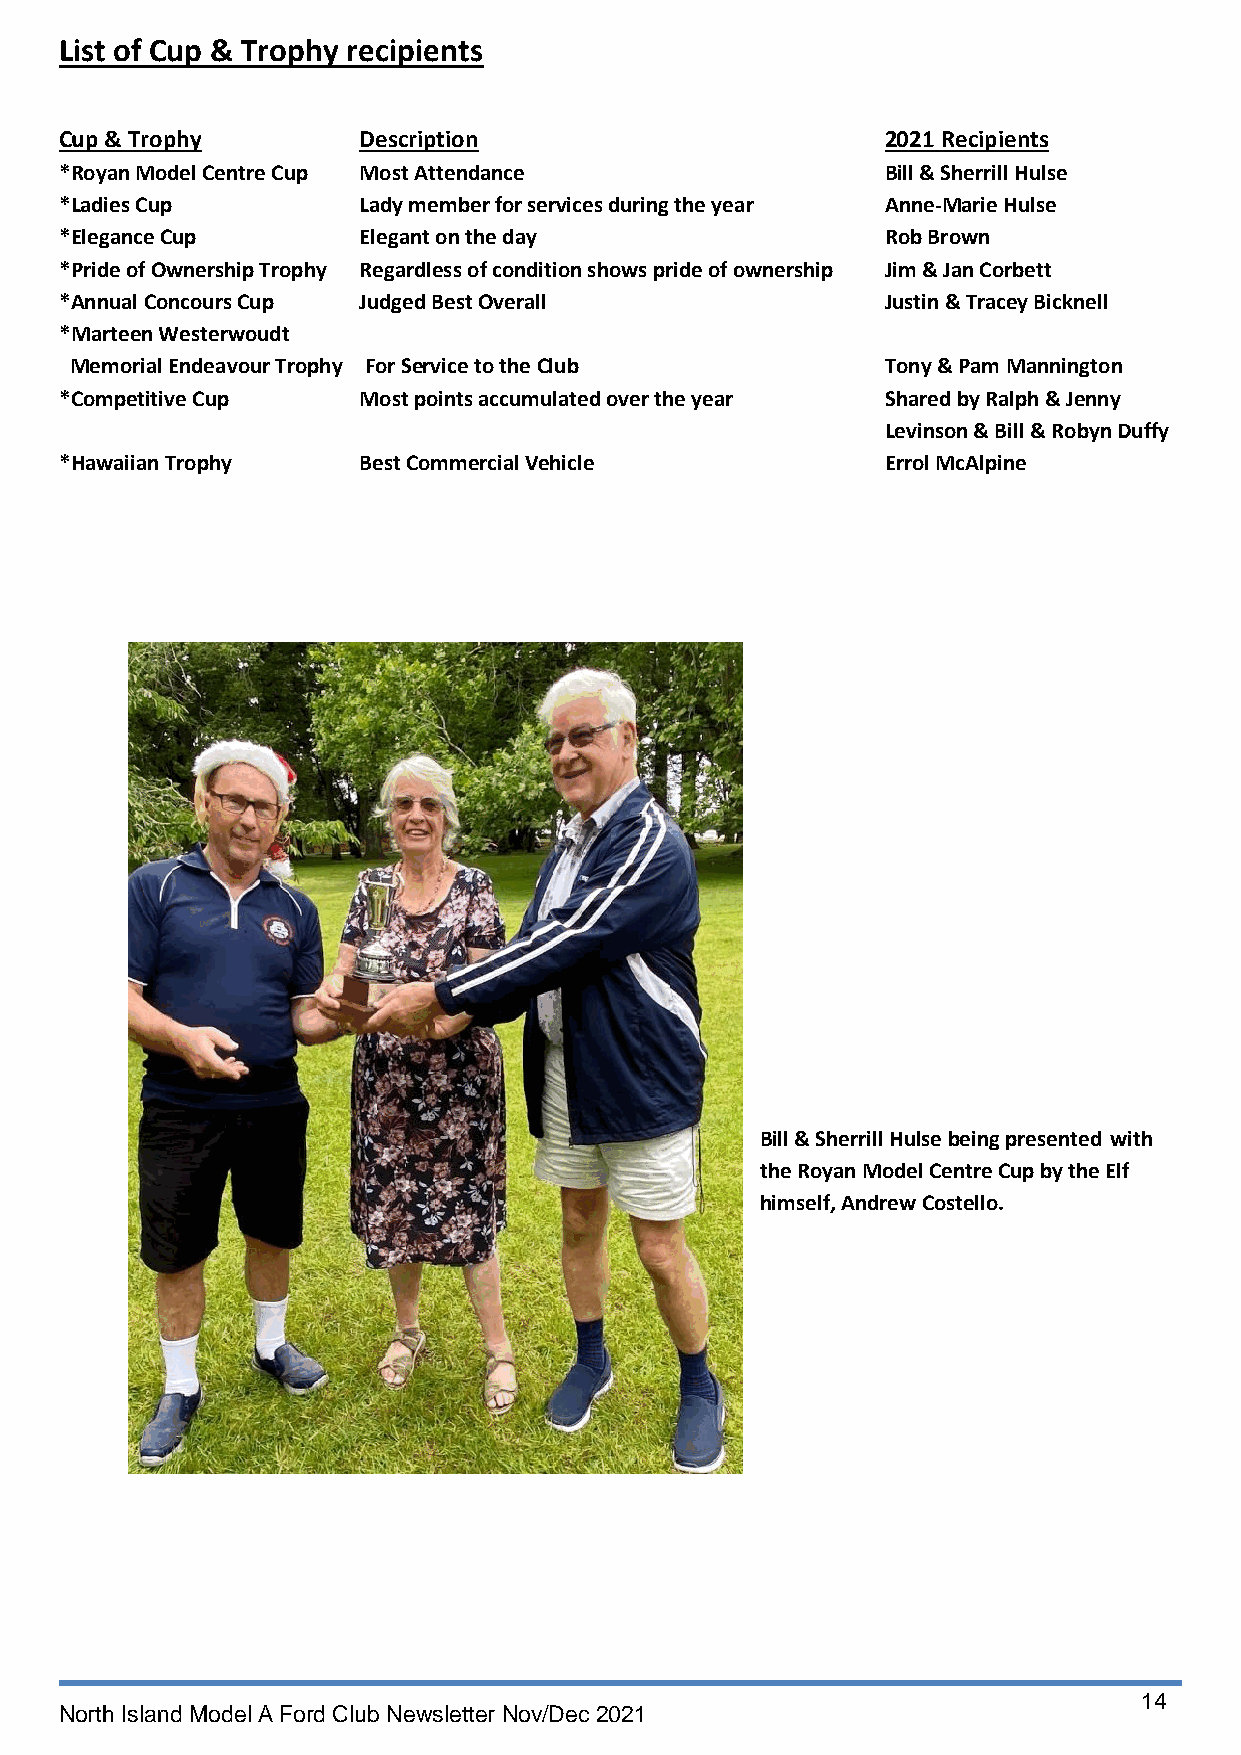
List of Cup & Trophy recipients
 Cup & Trophy        Description                        2021 Recipients
 *Royan Model Centre Cup Most Attendance                Bill & Sherrill Hulse
 *Ladies Cup         Lady member for services during the year Anne-Marie Hulse
 *Elegance Cup       Elegant on the day                 Rob Brown
 *Pride of Ownership Trophy Regardless of condition shows pride of ownership Jim & Jan Corbett
 *Annual Concours Cup Judged Best Overall               Justin & Tracey Bicknell
 *Marteen Westerwoudt
 Memorial Endeavour Trophy For Service to the Club     Tony & Pam Mannington
 *Competitive Cup    Most points accumulated over the year Shared by Ralph & Jenny
 Levinson & Bill & Robyn Duffy
 *Hawaiian Trophy    Best Commercial Vehicle            Errol McAlpine
 Bill & Sherrill Hulse being presented with
 the Royan Model Centre Cup by the Elf
 himself, Andrew Costello.
 14
 North Island Model A Ford Club Newsletter Nov/Dec 2021